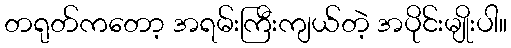
တရုတ်ကတော့ အရမ်းကြီးကျယ်တဲ့ အပိုင်းမျိုးပါ။